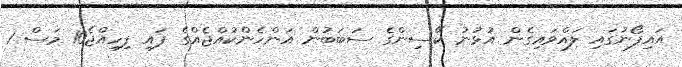
އައިފޯނުގައި ލައްވައިގެން އުޅުނު ކޭސިންގެ ސަބަބުން އަންހެންކުއްޖެއްގެ ފައި ފިހިއްޖެ10 މަސް 1